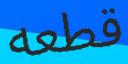
قطعه